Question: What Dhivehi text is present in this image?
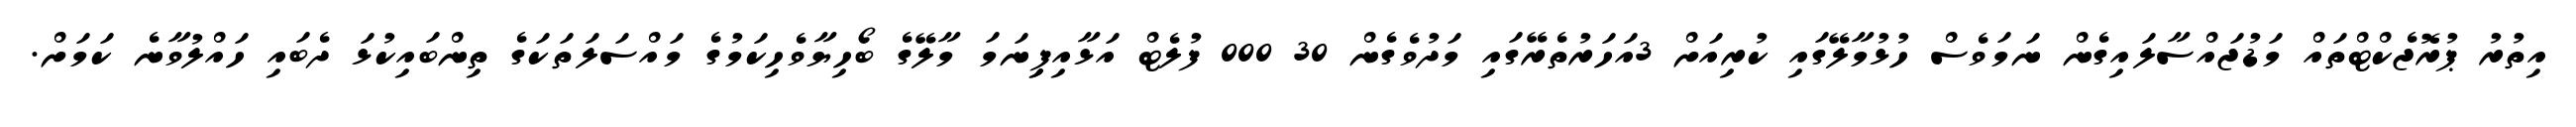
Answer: އިތުރު ޕުރޮޖެކްޓްތައް މަޑުޖައްސާލައިގެން ނަމަވެސް ހުޅުމާލޭގައި ކުރިއަށް 3އަހަރުތެރޭގައި މަދުވެގެން 30 000 ފުލެޓް އަޅާއިފިިނަމަ މާލޭގެ ބޯހިޔާވެހިކަމުގެ މައްސަލަތަކަގެ ތިންބައިކުޅަ ދެބައި ހައްލުވާނެ ކަމަށް.